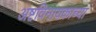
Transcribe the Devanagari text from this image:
अष्टविनायकाच्या